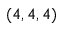
( 4 , 4 , 4 )